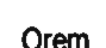
Orem